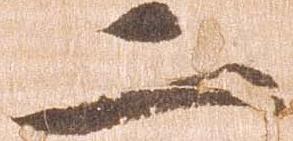
二